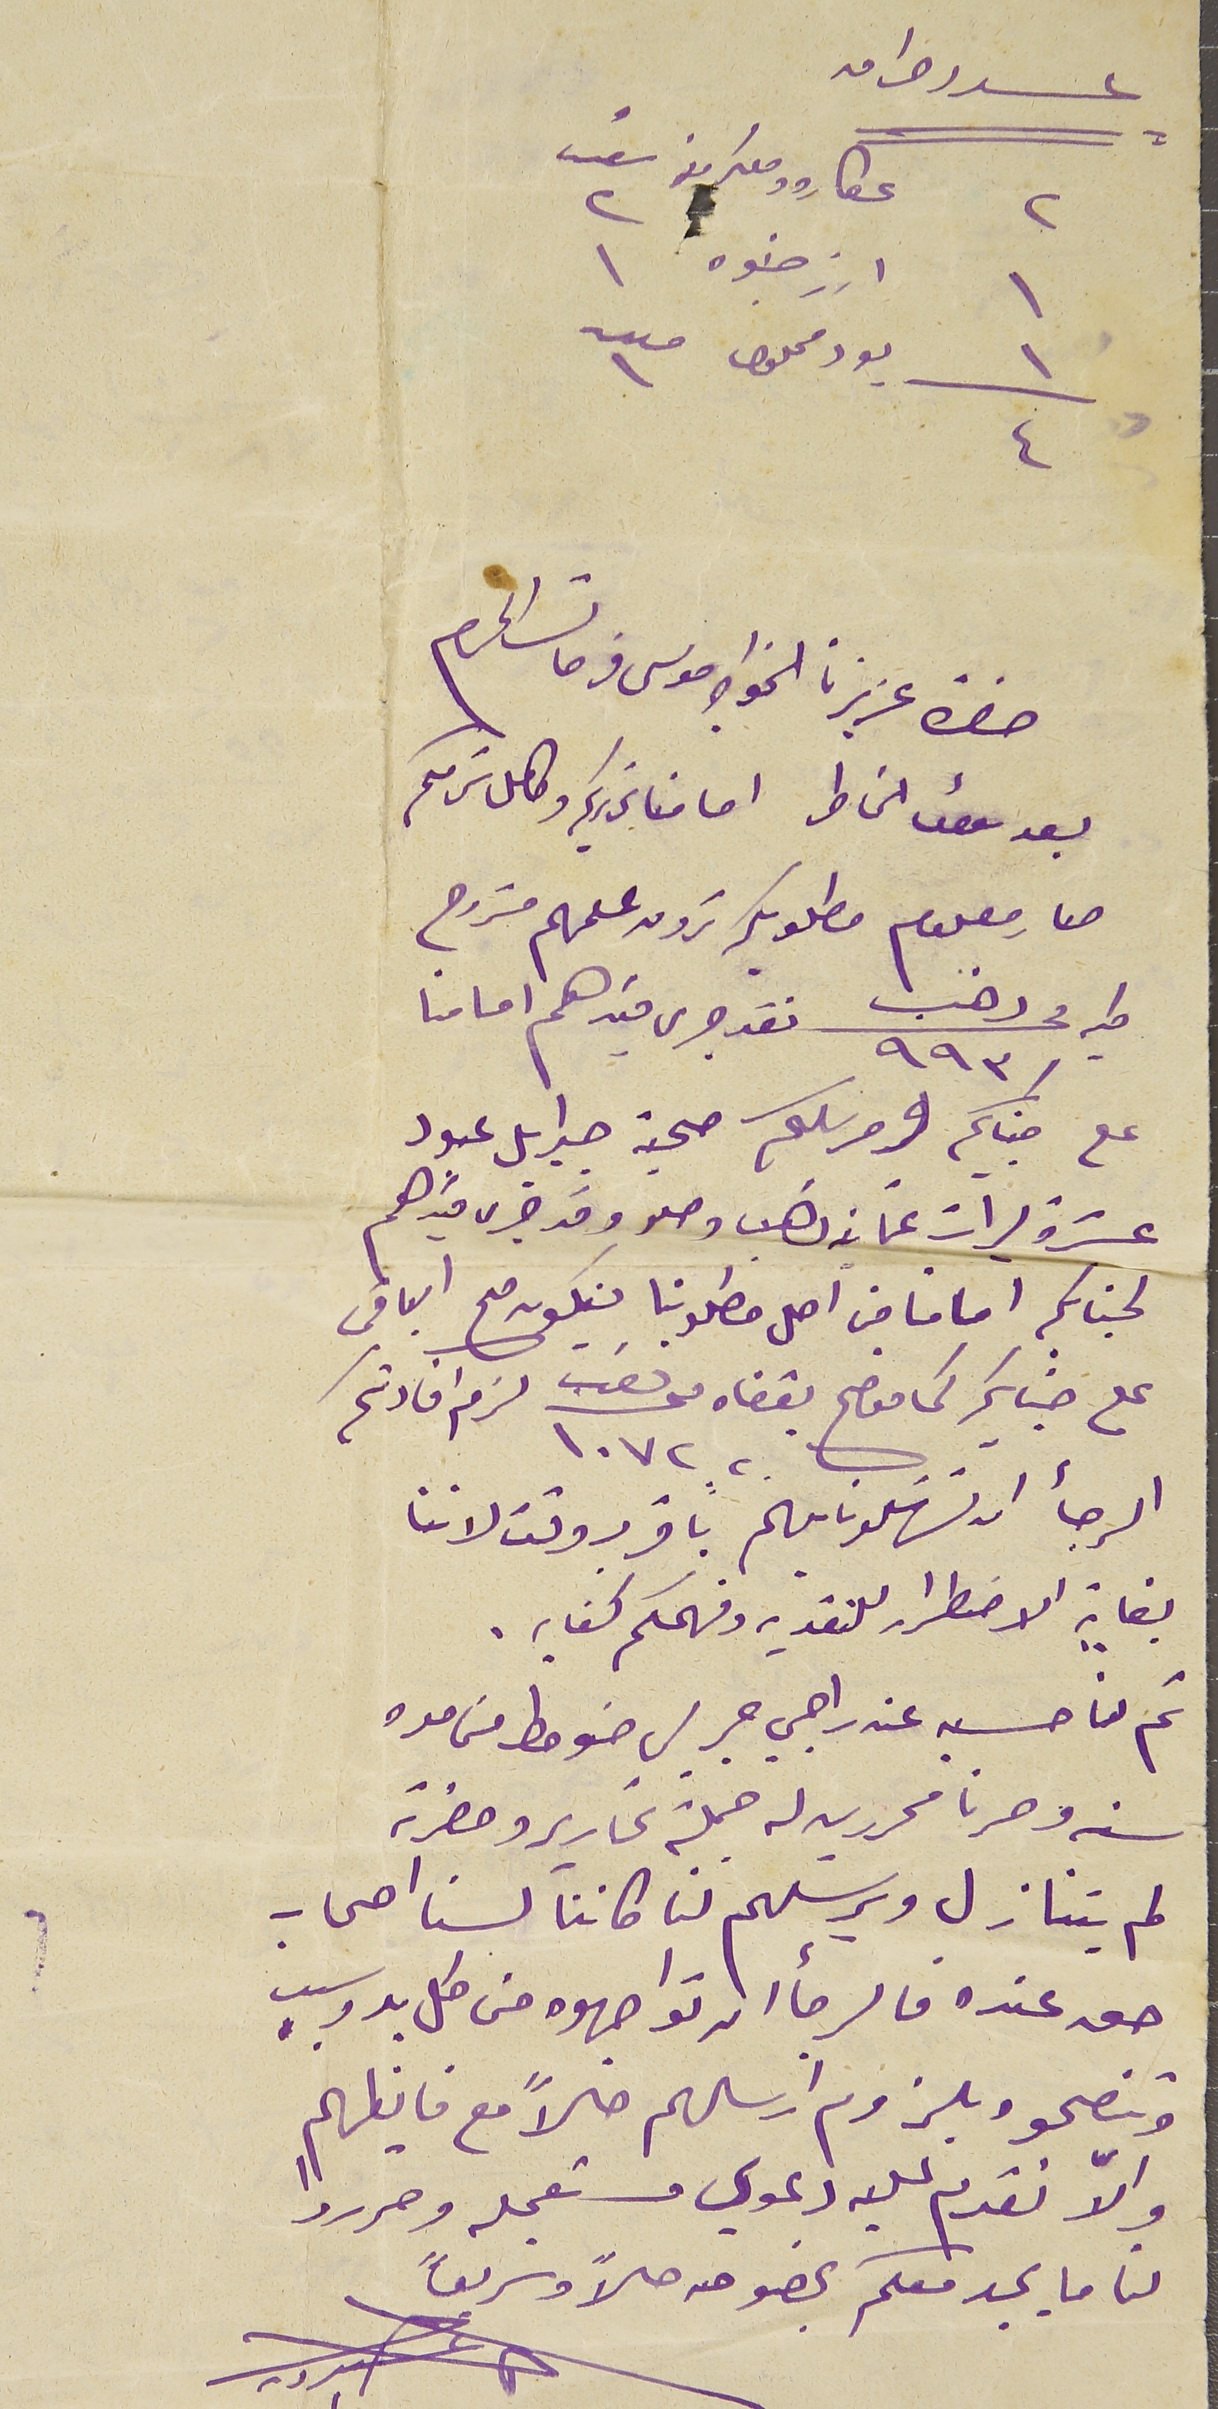
عدد واحد
٢ عطاره ومعكرون عدد ٢
١ ارز جنوه ١
 ١/٤ يود محلول عدد ١
حضرة عزيزنا الخواجه موسى فرحات المحترم
بعد سوأل الخاطر امامنا تحريركم وكامل سَركم
صار معلوم مطلوبكم ترون علمهم مشروح
طيه محرر ذهب ٩٩٣ نقد جرى قيدهم امامنا
على جنابكم ومرسلكم صحبة جبرايل عبود
عشرة ليرات عتمانيه ذهب وصلو وقد جرى قيدهم
لجنابكم امامنا من اصل مطلوبنا فيكون صح الباقي
على جنابكم كما موضح بقفاه محرر ذهب ١٠٧٢٢ لزم افادتكم
الرجأ ان تسَهلونا يهم باقرب وقت لاننا
بغاية الاضطرار للنقدي وفهمكم كفايه.
ثم لنا حسبه عند راجي جريس ضومط من مده
سنه وصرنا محررين له جملة تحارير وحضرته
لم يتنازل ويرسَلهم لنا كاننا لسنا اصحاب
حق عنده فالرجأ ان تواجهوه من كل بد وسبب
وتنصحوه بلزوم ارسالهم حالاً مع فايظهم
والاّ نقدم عليه دعوي مستعجله وحرروا
لنا ما يجد معكم بخصوصه حلاً وسريعًا